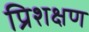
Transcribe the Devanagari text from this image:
प्रिशक्षण